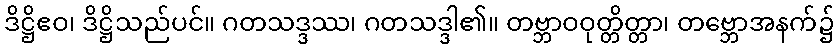
ဒိဋ္ဌိဧဝ၊ ဒိဋ္ဌိသည်ပင်။ ဂတသဒ္ဒဿ၊ ဂတသဒ္ဒါ၏။ တဗ္ဘာဝဝုတ္တိတ္တာ၊ တဗ္ဘောအနက်၌